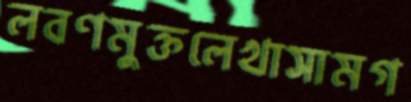
লবণমুক্তলেখাসামগ